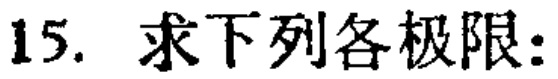
15. 求下列各极限：